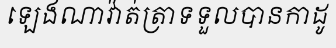
ឡេងណាវ៉ាត់ត្រាទទួលបានកាដូ